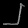
Digit: ၂